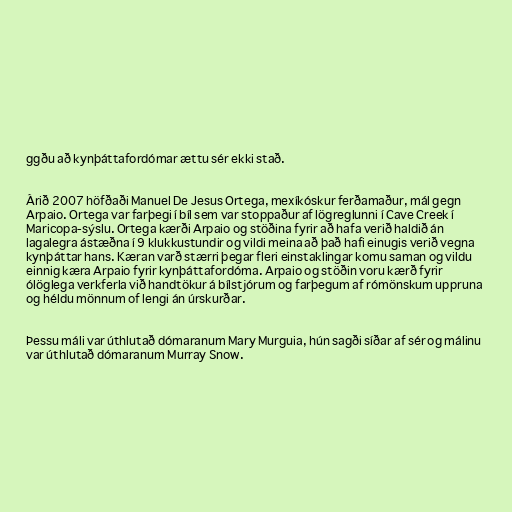
ggðu að kynþáttafordómar ættu sér ekki stað.

Árið 2007 höfðaði Manuel De Jesus Ortega, mexíkóskur ferðamaður, mál gegn
Arpaio. Ortega var farþegi í bíl sem var stoppaður af lögreglunni í Cave Creek í
Maricopa-sýslu. Ortega kærði Arpaio og stöðina fyrir að hafa verið haldið án
lagalegra ástæðna í 9 klukkustundir og vildi meina að það hafi einugis verið vegna
kynþáttar hans. Kæran varð stærri þegar fleri einstaklingar komu saman og vildu
einnig kæra Arpaio fyrir kynþáttafordóma. Arpaio og stöðin voru kærð fyrir
ólöglega verkferla við handtökur á bílstjórum og farþegum af rómönskum uppruna
og héldu mönnum of lengi án úrskurðar.

Þessu máli var úthlutað dómaranum Mary Murguia, hún sagði síðar af sér og málinu
var úthlutað dómaranum Murray Snow.